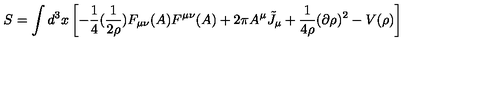
S = \int d ^ { 3 } x \left[ - \frac { 1 } { 4 } ( \frac { 1 } { 2 \rho } ) F _ { \mu \nu } ( A ) F ^ { \mu \nu } ( A ) + 2 \pi A ^ { \mu } { \tilde { J } } _ { \mu } + \frac { 1 } { 4 \rho } ( \partial \rho ) ^ { 2 } - V ( \rho ) \right]